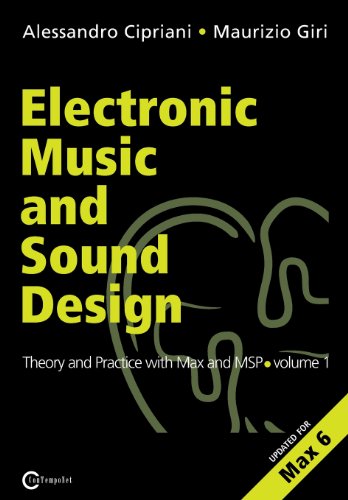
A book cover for Electronic Music and Sound Design - Theory and Practice with Max and Msp - Volume 1 (Second Edition); Alessandro Cipriani; Computers & Technology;